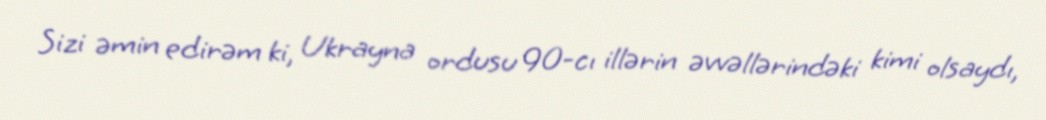
Sizi əmin edirəm ki, Ukrayna ordusu 90-cı illərin əvvəllərindəki kimi olsaydı,